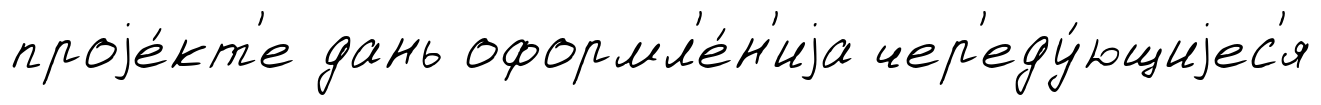
проjе́кт'е дань оформл'е́н'иjа чер'еду́ющиjес'я